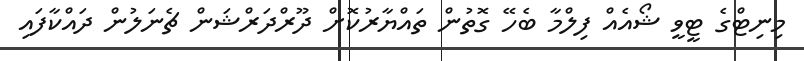
މިނިޓްގެ ޓީވީ ޝޯއެއް ފިލްމާ ބެހޭ ގޮތުން ތައްޔާރުކޮށް ދޫރްދަރްޝަން ޗެނަލުން ދައްކާފައި